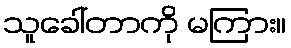
သူခေါ်တာကို မကြား။